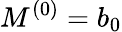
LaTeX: M^{(0)}=b_{0}